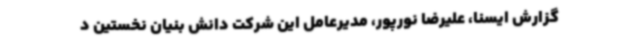
گزارش ایسنا، علیرضا نورپور، مدیرعامل این شرکت دانش بنیان نخستین د